system: You are a helpful assistant.
user:
Analyze the provided spectrum to determine if it is a **Carbon Star (C-type)**.

- **Key Visual Indicators of Carbon Star:**
    - **(Primary):** Strong molecular absorption from **C₂ (diatomic carbon) "Swan Bands."** This is the **defining feature** of a carbon star.
        - **(Key Bandheads):** Sharp absorption edges are visible at approximately $5635$ Å, $5165$ Å (the strongest band), and $4737$ Å.
        - **(Line Profile):** Creates a distinct **"saw-tooth"** pattern. The key morphology is a sharp, steep bandhead on the **red (long-wavelength) side**, which then gradually tapers off (i.e., flux recovers) towards the **blue (short-wavelength) side**. *(This is the direct opposite of the TiO bands seen in M-type stars)*.

    - **(Secondary):** Intense **CN (cyanogen)** molecular absorption bands.
        - **(Key Bandheads):** Located in the blue and violet regions of the spectrum (e.g., near $4215$ Å and $3883$ Å).
        - **(Morphology):** These bands are extremely broad and act as a "blanket," absorbing the vast majority of blue and violet light. This creates a characteristic **"cliff"** or **"steep drop-off"** in the spectrum's flux at short wavelengths.

    - **(Key Confirmation):** Strong **CH absorption band (G-band)**.
        - **(Key Bandhead):** Located around $4300$ Å. The contribution from CH molecules to this band is exceptionally strong.

    - **(Overall Spectrum):**
        - The continuum is severely "chopped up" by these deep molecular bands, especially C₂, rather than appearing as a smooth curve.
        - Due to the heavy CN and C₂ absorption in the blue-green, the vast majority of the star's flux is concentrated in the red part of the spectrum, giving the star its characteristic deep red color.

Think first, call **spectral_visualization_tool** if needed to examine features in detail, then provide your final answer. Your response must adhere to the following strict rules:
1.  **Overall Structure:** Your response must follow the format `<think>...</think> <tool_call>...</tool_call> (if a tool is used) <answer>...</answer>`.
2.  **Tool Usage Constraint:** You may only make **one** tool call per turn.
3.  **Final Answer Format:** In the `<answer>` tag, your conclusion must be inside a `\boxed{}` command (e.g., `\boxed{YES}`), followed by your justification.

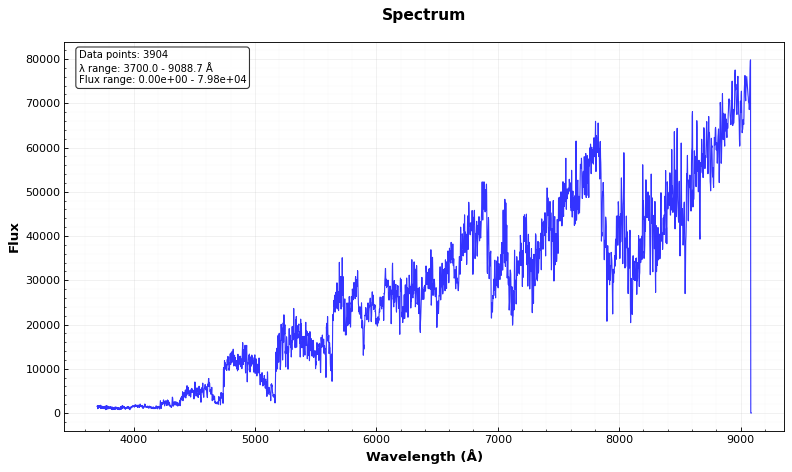
Answer: YES